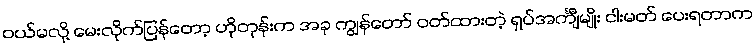
ဝယ်မလို့ မေးလိုက်ပြန်တော့ ဟိုတုန်းက အခု ကျွန်တော် ဝတ်ထားတဲ့ ရှပ်အင်္ကျီမျိုး ငါးမတ် ပေးရတာက